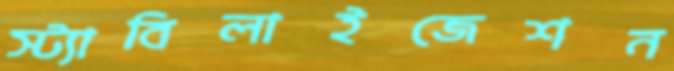
স্ট্যাবিলাইজেশন